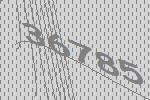
36785